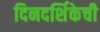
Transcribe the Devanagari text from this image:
दिनदर्शिकेची